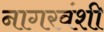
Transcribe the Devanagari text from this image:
नागरवंशी